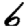
Digit: 6